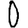
Digit: 0